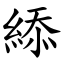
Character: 䋬